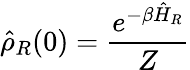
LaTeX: \hat{\rho}_{R}(0)=\frac{e^{-\beta\hat{H}_{R}}}{Z}